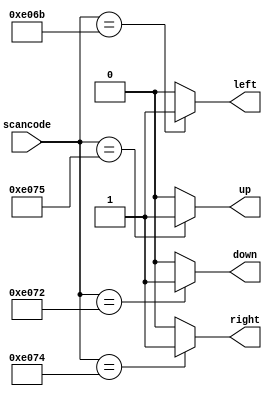
// Exercise 2-4-8: Avoiding Latches
module AvoidLatch (
    input [15:0] scancode,
    output reg left,
    output reg down,
    output reg right,
    output reg up
);
    always @(*) begin
        // default values
        {up,down,left,right} = 4'b0;

        // selection
        case (scancode)
            16'he06b: left = 1'b1;
            16'he072: down = 1'b1;
            16'he074: right = 1'b1;
            16'he075: up = 1'b1;
        endcase 
    end
endmodule